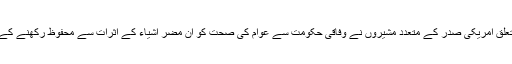
سرطان کے مرض کے انسداد سے متعلق امریکی صدر کے متعدد مشیروں نے وفاقی حکومت سے عوام کی صحت کو ان مضُر اشیاء کے اثرات سے محفوظ رکھنے کے لئے مؤثر اقدامات کا مطالبہ کیا ہے۔